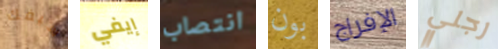
سيفك إيفي انتصاب بون الإفراج رجلي